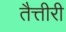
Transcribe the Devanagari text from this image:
तैत्तीरी